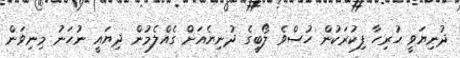
ދުނިޔަވީ ހުރިހާ ފިކުރަކުން ހުސްވެ ލޯބީގެ ދުނިޔެއަށް ގެއްލެމުން ދިޔައީ ނުހަނު މިނިވަން